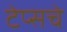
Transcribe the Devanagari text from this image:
टेप्सचे